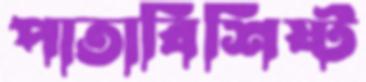
পাতাবিশিষ্ট